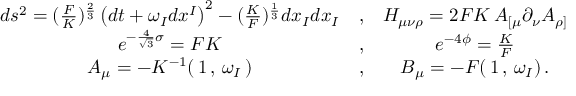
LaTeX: \begin{array} { c c c } { { d s ^ { 2 } = ( \frac { F } { K } ) ^ { \frac { 2 } { 3 } } \left( d t + \omega _ { I } d x ^ { I } \right) ^ { 2 } - ( \frac { K } { F } ) ^ { \frac { 1 } { 3 } } d x _ { I } d x _ { I } } } & { { , } } & { { H _ { \mu \nu \rho } = 2 F K \, A _ { [ \mu } \partial _ { \nu } A _ { \rho ] } } } \\ { { e ^ { - \frac { 4 } { \sqrt { 3 } } \sigma } = F K } } & { { , } } & { { e ^ { - 4 \phi } = \frac { K } { F } } } \\ { { A _ { \mu } = - K ^ { - 1 } ( \, 1 \, , \, \omega _ { I } \, ) } } & { { , } } & { { B _ { \mu } = - F ( \, 1 \, , \, \omega _ { I } ) \, . } } \end{array}